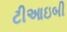
ટીઆઇબી